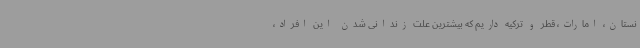
نستان، امارات، قطر و ترکیه داریم که بیشترین علت زندانی شدن این افراد،